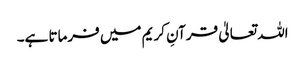
اللہ تعالیٰ قرآنِ کریم میں فرماتا ہے۔